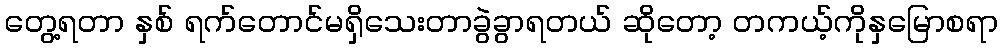
တွေ့ရတာ နှစ် ရက်တောင်မရှိသေးတာခွဲခွာရတယ် ဆိုတော့ တကယ့်ကိုနှမြောစရာ